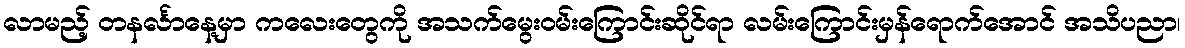
လာမည့် တနင်္လာနေ့မှာ ကလေးတွေကို အသက်မွေးဝမ်းကြောင်းဆိုင်ရာ လမ်းကြောင်းမှန်ရောက်အောင် အသိပညာ၊